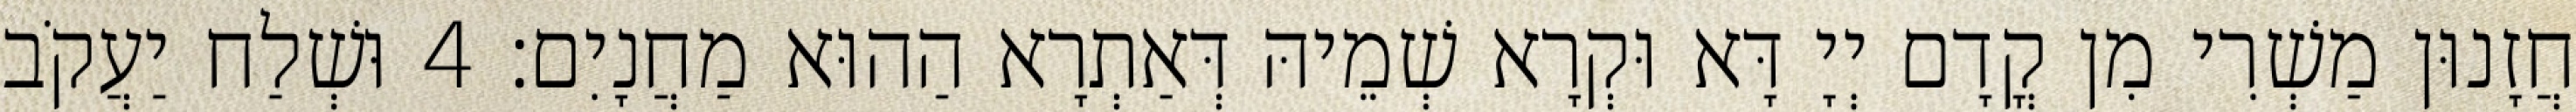
חֲזָנוּן מַשְׁרִי מִן קֳדָם יְיָ דָּא וּקְרָא שְׁמֵיהּ דְּאַתְרָא הַהוּא מַחֲנָיִם׃ 4 וּשְׁלַח יַעֲקֹב